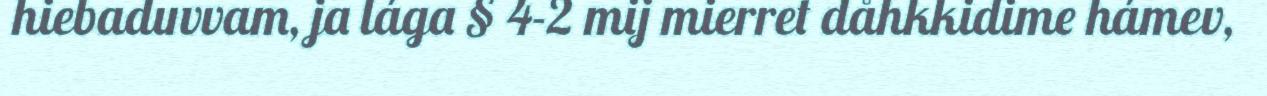
hiebaduvvam, ja lága § 4-2 mij mierret dåhkkidime hámev,